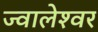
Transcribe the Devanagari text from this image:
ज्‍वालेश्‍वर